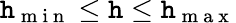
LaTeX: \mathtt{h}_{\mathrm{{~m~i~n~}}}\leq\mathtt{h}\leq\mathtt{h}_{\mathrm{{~m~a~x~}}}